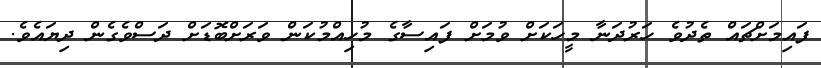
ފައިމަށްޗައް ތެދުވެ ހަރުދަނާ މީހަކަށް ވުމަށް ފައިސާގެ މުހިއްމުކަން ވަރަށްބޮޑަށް ދަސްވެގެން ދިޔައެވެ.